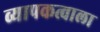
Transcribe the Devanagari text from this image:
व्यापकत्वाला